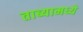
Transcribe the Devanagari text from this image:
ताब्यामध्ये